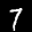
Digit: 7